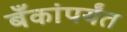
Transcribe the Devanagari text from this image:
बँकांपर्यंत